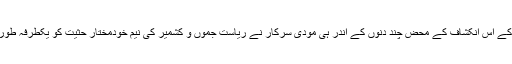
امریکی صدر کے اس انکشاف کے محض چند دنوں کے اندر ہی مودی سرکار نے ریاست جموں و کشمیر کی نیم خودمختار حثیت کو یکطرفہ طور پر ختم کردیا۔